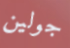
جولين